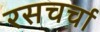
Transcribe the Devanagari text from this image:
रसचर्चा